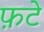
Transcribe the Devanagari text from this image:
फ़टे